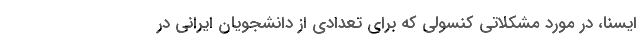
ایسنا، در مورد مشکلاتی کنسولی که برای تعدادی از دانشجویان ایرانی در